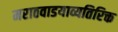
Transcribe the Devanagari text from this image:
मराठवाडयाव्यतिरिक्त